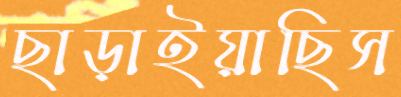
ছাড়াইয়াছিস